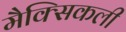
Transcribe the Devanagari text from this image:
मैक्सिकली